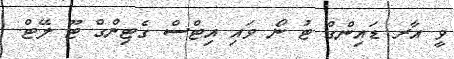
ވީ އާރ ޑައިންގް ޓު ނޯ ވައި އިޓްސް ގެޓިންގް ޓޫ ލޭޓް.